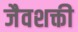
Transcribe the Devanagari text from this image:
जैवशक्ती